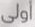
اولى